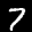
Label: 7